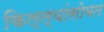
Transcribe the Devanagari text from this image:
किल्ल्यांसोबत